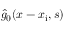
\hat { g } _ { 0 } ( x - x _ { \mathrm { i } } , s )